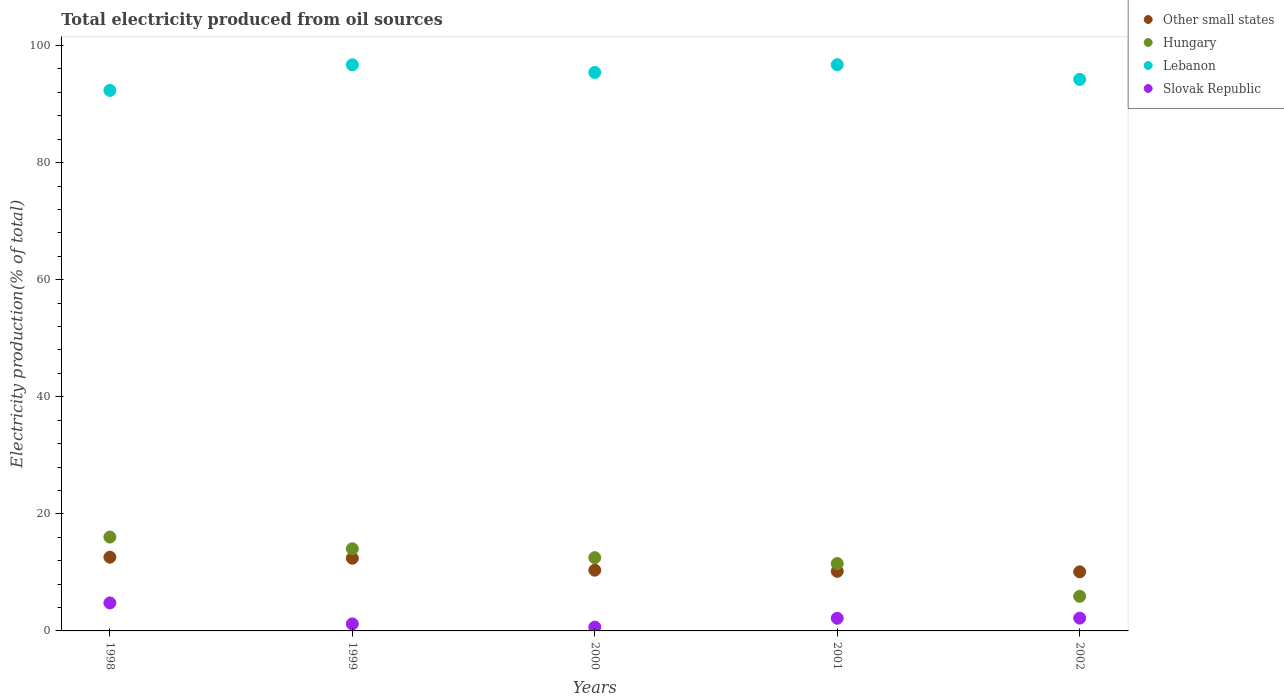
| Years | Other small states | Hungary | Lebanon | Slovak Republic |
 | --- | --- | --- | --- | --- |
 | 1998 | 12.6 | 16 | 92.3 | 4.78 |
 | 1999 | 12.4 | 14 | 96.7 | 1.2 |
 | 2000 | 10.4 | 12.5 | 95.4 | 0.656 |
 | 2001 | 10.2 | 11.5 | 96.7 | 2.17 |
 | 2002 | 10.1 | 5.91 | 94.2 | 2.19 |